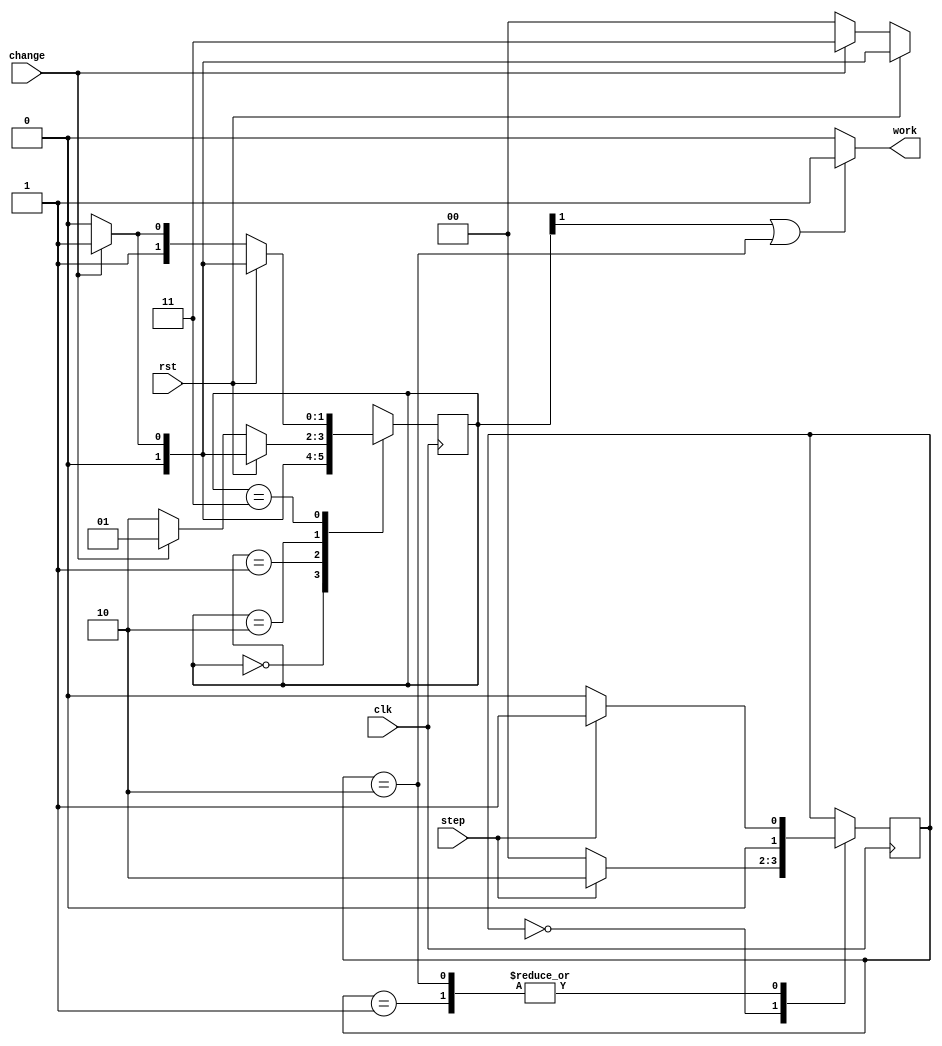
`ifndef __FSM_V
`define __FSM_V


module fsm(clk, rst , change, step, work);
	input clk, rst, change, step;
	output work;
	
	reg [1:0] state;
	reg [1:0] state_step;	
	
	always @(posedge clk)
	begin
		case(state)
		2'b00: state= rst? (change? 2'b01: 2'b00) : (change? 2'b11: 2'b00);  	
		2'b01: state= rst? (change? 2'b01: 2'b00) : (change? 2'b01: 2'b00);
		2'b10: state= rst? (change? 2'b01: 2'b00) : (change? 2'b01: 2'b10);
		2'b11: state= rst? (change? 2'b01: 2'b00) : (change? 2'b11: 2'b10); //w = state[1] , change= state[0]
		endcase
	end
	
	always @(posedge clk)
	begin 
		case(state_step)
		2'b00: state_step= step? 2'b10 : 2'b00;
		2'b01: state_step= step? 2'b01 : 2'b00;
		2'b10: state_step= step? 2'b01 : 2'b00;
		endcase
	end
	
	assign 	work = (state[1] == 1 || state_step == 2'b10) ? 1: 0 ; 
	
endmodule 


`endif // __FSM_V